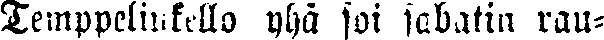
Temppelinkello yhä sai sabatin rau-